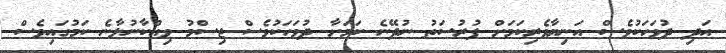
އަދި ދުވަހަކުވެސް އަނިޔާވެރިކަމަށް ފުރުސަތު ނުދޭނެ ކަމަށާ ދުވަހަކުވެސް ޖިސްމު ވިއްކާނުލާނެ ކަމުގައިވެސް